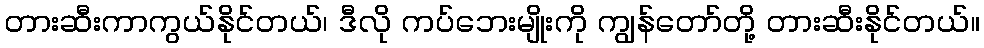
တားဆီးကာကွယ်နိုင်တယ်၊ ဒီလို ကပ်ဘေးမျိုးကို ကျွန်တော်တို့ တားဆီးနိုင်တယ်။